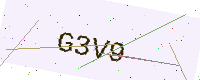
Text: G3V9